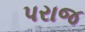
પરાજ